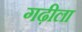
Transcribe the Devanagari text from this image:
गढ़ीला